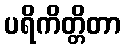
ပရိကိတ္တိတာ